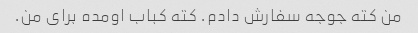
من کته جوجه سفارش دادم. کته کباب اومده برای من.